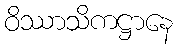
ဝိဿာသိကဋ္ဌာနေ